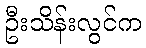
ဦးသိန်းလွင်က